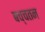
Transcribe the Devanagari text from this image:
बच्चतन